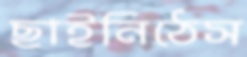
ছাইনিঠেস